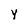
Character: y